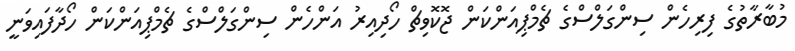
މުބާރާތުގެ ފިރިހެން ސިންގަލްސްގެ ޗެމްޕިއަންކަން ޖޮކޮވިޗް ހޯދިއިރު އަންހެން ސިންގަލްސްގެ ޗެމްޕިއަންކަން ހޯދާފައިވަނީ